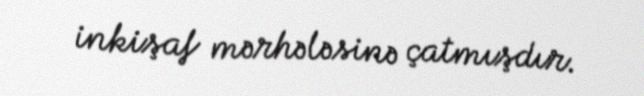
inkişaf mərhələsinə çatmışdır.